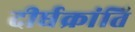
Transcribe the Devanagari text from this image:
दीर्घक्रांति